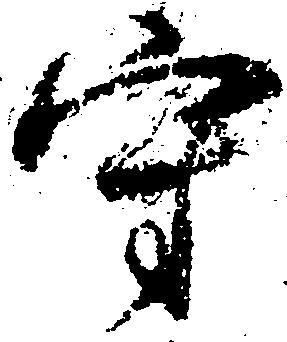
守